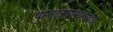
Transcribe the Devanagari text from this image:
पुस्ताकालयाध्यक्ष